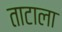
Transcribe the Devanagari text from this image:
ताटाला